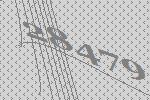
28479